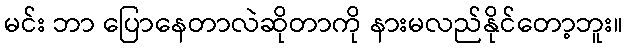
မင်း ဘာ ပြောနေတာလဲဆိုတာကို နားမလည်နိုင်တော့ဘူး။